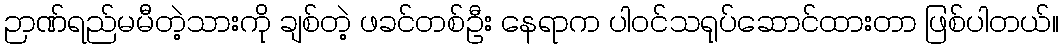
ဉာဏ်ရည်မမီတဲ့သားကို ချစ်တဲ့ ဖခင်တစ်ဦး နေရာက ပါဝင်သရုပ်ဆောင်ထားတာ ဖြစ်ပါတယ်။